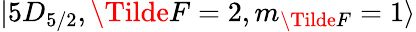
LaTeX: \lvert 5D_{5/2},\Tilde{F}=2,m_{\Tilde{F}}=1\rangle